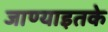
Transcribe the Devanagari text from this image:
जाण्याइतके